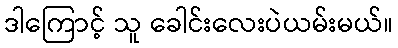
ဒါကြောင့် သူ ခေါင်းလေးပဲယမ်းမယ်။